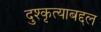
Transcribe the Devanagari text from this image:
दुश्कृत्याबद्दल